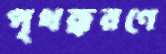
পৃথক্করণে